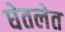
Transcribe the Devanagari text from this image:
घेतलेत